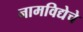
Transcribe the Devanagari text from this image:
नामविद्येचे